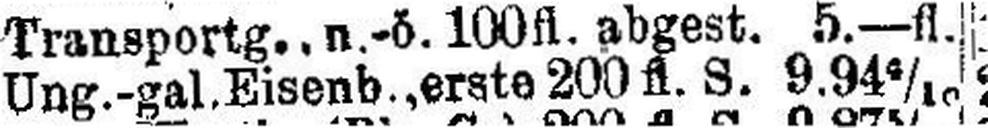
Ung.-gal. Eisenb., erste 200 fl. S. 9.94 5/10